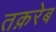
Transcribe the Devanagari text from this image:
तक़रेब